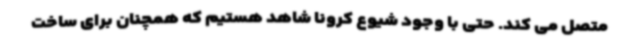
متصل می کند. حتی با وجود شیوع کرونا شاهد هستیم که همچنان برای ساخت